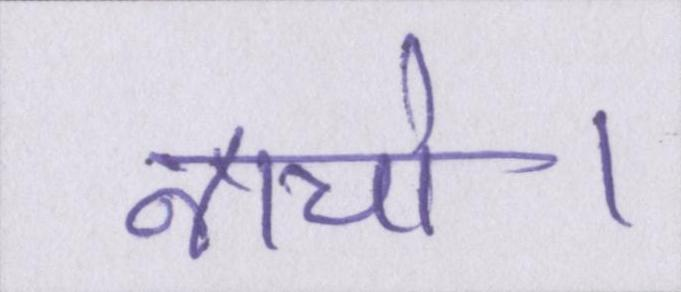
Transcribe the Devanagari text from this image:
नाचो।